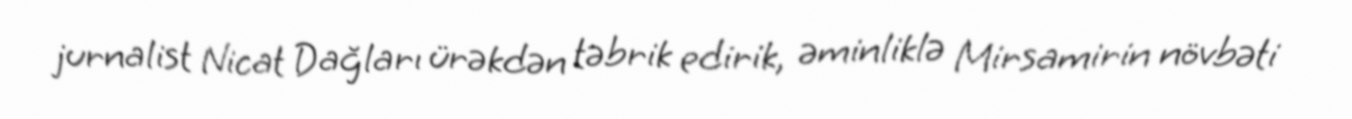
jurnalist Nicat Dağları ürəkdən təbrik edirik, əminliklə Mirsamirin növbəti